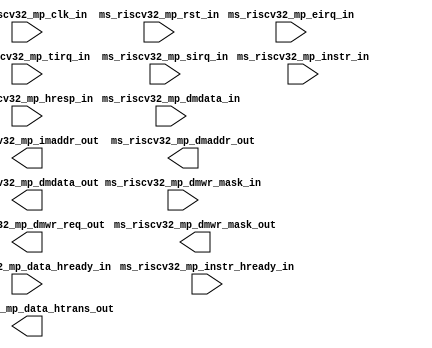
module ms_riscv32_mp(
    // Inputs
    input ms_riscv32_mp_clk_in,
    input ms_riscv32_mp_rst_in,
    input ms_riscv32_mp_instr_hready_in,
    input [31:0] ms_riscv32_mp_dmdata_in,
    input [31:0] ms_riscv32_mp_instr_in,
    input [3:0] ms_riscv32_mp_dmwr_mask_in,
    input [3:0] ms_riscv32_mp_hresp_in,
    input [63:0] ms_riscv32_mp_data_hready_in,
    input ms_riscv32_mp_eirq_in,
    input ms_riscv32_mp_tirq_in,
    input ms_riscv32_mp_sirq_in,

    // Outputs
    output ms_riscv32_mp_dmwr_req_out,
    output [31:0] ms_riscv32_mp_imaddr_out,
    output [31:0] ms_riscv32_mp_dmaddr_out,
    output [31:0] ms_riscv32_mp_dmdata_out,
    output [1:0] ms_riscv32_mp_data_htrans_out,
    output [3:0] ms_riscv32_mp_dmwr_mask_out
);

    // Internal logic and further module definitions will go here.

endmodule